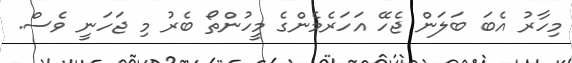
މިހާރު އެބަ ބަލަން ޖެހޭ އަހަރެމެންގެ މީހުންތޯ ބެރު މި ޖަހަނީ ވެސް.